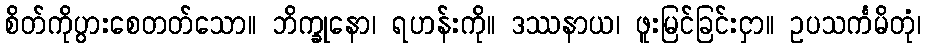
စိတ်ကိုပွားစေတတ်သော။ ဘိက္ခုနော၊ ရဟန်းကို။ ဒဿနာယ၊ ဖူးမြင်ခြင်းငှာ။ ဥပသင်္ကမိတုံ၊